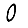
Digit: 0